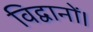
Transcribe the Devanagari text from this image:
विद्वानों।